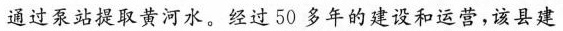
通过泵站提取黄河水，经过50多年的建设和运营，该县建